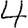
Digit: 4